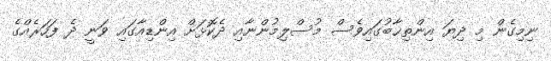
ނިމިގެން މި ދިޔަ އިންތިޚާބުގައިވެސް މުސްލިމުންނާއި ދެކޮޅަށް އިންޑިއާގައި ވަނީ ދެ ފަހަރެއްގެ